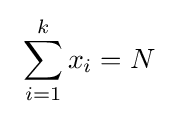
~\sum _{i=1}^{k}x_{i}=N~